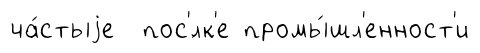
ча́стыjе пос'́лк'е промы́шл'енност'и